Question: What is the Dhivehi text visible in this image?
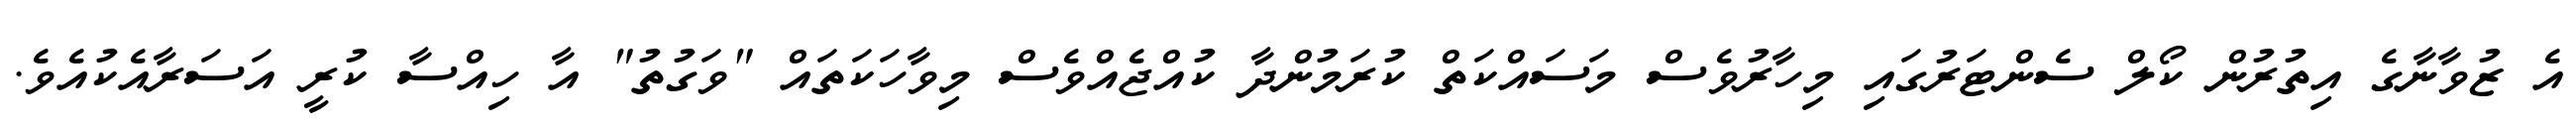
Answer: އެ ޒުވާނާގެ އިތުރުން ކޯލް ސެންޓަރުގައި މިހާރުވެސް މަސައްކަތް ކުރަމުންދާ ކުއްޖެއްވެސް މިވާހަކަތައް "ވަގުތު" އާ ހިއްސާ ކުރީ އަސަރާއެކުއެވެ.